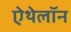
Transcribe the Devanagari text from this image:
ऐथेलॉन